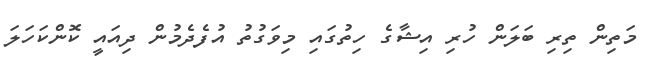
މަތިން ތިރި ބަލަން ހުރި އިޝާގެ ހިތުގައި މިވަގުތު އުފެދެމުން ދިއައީ ކޮންކަހަލަ